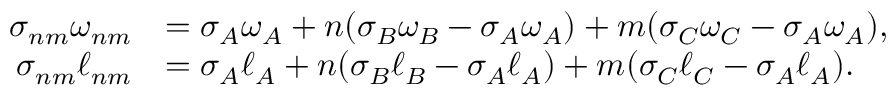
\begin{array} { r l } { \sigma _ { n m } \omega _ { n m } } & { = \sigma _ { A } \omega _ { A } + n ( \sigma _ { B } \omega _ { B } - \sigma _ { A } \omega _ { A } ) + m ( \sigma _ { C } \omega _ { C } - \sigma _ { A } \omega _ { A } ) , } \\ { \sigma _ { n m } \ell _ { n m } } & { = \sigma _ { A } \ell _ { A } + n ( \sigma _ { B } \ell _ { B } - \sigma _ { A } \ell _ { A } ) + m ( \sigma _ { C } \ell _ { C } - \sigma _ { A } \ell _ { A } ) . } \end{array}